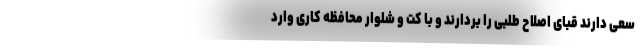
سعی دارند قبای اصلاح طلبی را بردارند و با کت و شلوار محافظه کاری وارد